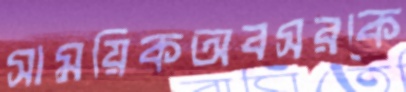
সাময়িকঅবসরকে